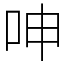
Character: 呻